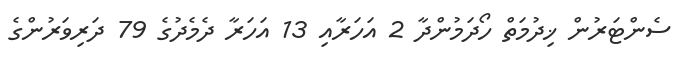
ސެންޓަރުން ޚިދުމަތް ހޯދަމުންދާ 2 އަހަރާއި 13 އަހަރާ ދެމެދުގެ 79 ދަރިވަރުންގެ